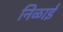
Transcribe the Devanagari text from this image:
निळाई